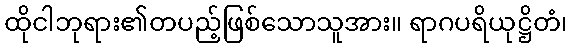
ထိုငါဘုရား၏တပည့်ဖြစ်သောသူအား။ ရာဂပရိယုဋ္ဌိတံ၊